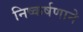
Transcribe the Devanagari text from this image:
निष्कर्षणाने